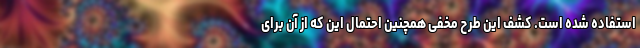
استفاده شده است. کشف این طرح مخفی همچنین احتمال این که از آن برای